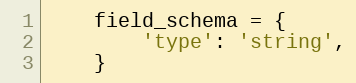
Language: Python
    field_schema = {
        'type': 'string',
    }